Civil Veterinary Department. Madras. Admin. report 1910-25 - 1910-1925
Year: 1910
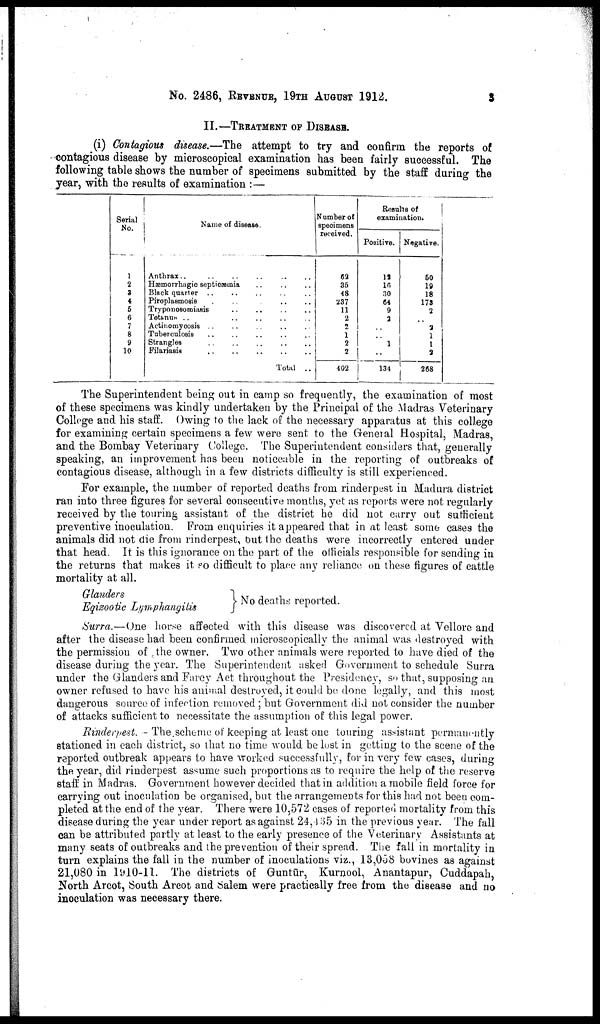
No. 2486, REVENUE, 19TH AUGUST 1912.
3
II.—TREATMENT OF DISEASE.
(i) Contagious disease.—The attempt to try and confirm the reports of
contagious disease by microscopical examination has been fairly successful. The
following table shows the number of specimens submitted by the staff during the
year, with the results of examination :—
Serial
No.
1
2
3
4
5
6
7
8
9
10
Name of disease.
Anthrax.. ..
Hæmorrhagic septicæmia..
Black quarter ..
Piroplasmosis..
Tryponosomiasis..
Tetanus..
Actinomycosis..
Tuberculosis..
Strangles..
Filariasis..
Total ..
Number of
specimens
received.
62
35
48
237
11
2
2
1
2
2
402
Resulta of
examination.
Positive.
12
16
30
64
9
2
..
..
1
..
134
Negative.
50
19
18
173
2
..
2
1
1
2
268
The Superintendent being out in camp so frequently, the examination of most
of these specimens was kindly undertaken by the Principal of the Madras Veterinary
College and his staff. Owing to the lack of the necessary apparatus at this college
for examining certain specimens a few were sent to the General Hospital, Madras,
and the Bombay Veterinary College. The Superintendent considers that, generally
speaking, an improvement has been noticeable in the reporting of outbreaks of
contagious disease, although in a few districts difficulty is still experienced.
For example, the number of reported deaths from rinderpest in Madura district
ran into three figures for several consecutive months, yet as reports were not regularly
received by the touring assistant of the district he did not carry out sufficient
preventive inoculation. From enquiries it appeared that in at least some cases the
animals did not die from rinderpest, but the deaths were incorrectly entered under
that head. It is this ignorance on the part of the officials responsible for sending in
the returns that makes it so difficult to place any reliance on these figures of cattle
mortality at all.
Glanders
Eqizootic Lymphangilis
No deaths reported.
Surra.—One horse affected with this disease was discovered at Vellore and
after the disease had been confirmed microscopically the animal was destroyed with
the permission of the owner. Two other animals were reported to have died of the
disease during the year. The Superintendent asked Government to schedule Surra
under the Glanders and Farcy Act throughout the Presidency, so that, supposing an
owner refused to have his animal destroyed, it could be done legally, and this most
dangerous source of infection removed; but Government did not consider the number
of attacks sufficient to necessitate the assumption of this legal power.
Rinderpest. - The scheme of keeping at least one touring assistant permanently
stationed in each district, so that no time would be lost in getting to the scene of the
reported outbreak appears to have worked successfully, for in very few cases, during
the year, did rinderpest assume such proportions as to require the help of the reserve
staff in Madras. Government however decided that in addition a mobile field force for
carrying out inoculation be organised, but the arrangements for this had not been com
pleted at the end of the year. There were 10,572 cases of reported mortality from this
disease during the year under report as against 24,435 in the previous year. The fall
can be attributed partly at least to the early presence of the Veterinary Assistants at
many seats of outbreaks and the prevention of their spread. The fall in mortality in
turn explains the fall in the number of inoculations viz., 13,058 bovines as against
21,080 in 1910-11. The districts of Guntūr, Kurnool, Anantapur, Cuddapah,
North Arcot, South Arcot and Salem were practically free from the disease and no
inoculation was necessary there.